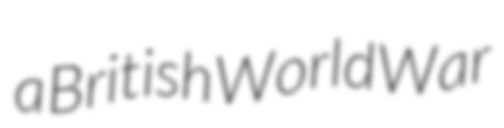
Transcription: a British World War